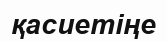
қасиетіңе